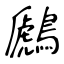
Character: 鷉